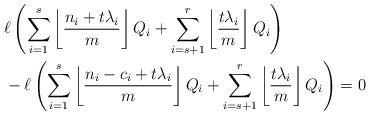
LaTeX: \begin{align*}&\ell\left( \sum_{i=1}^s \left \lfloor \frac{n_i+t\lambda_i}{m}\right\rfloor Q_i + \sum_{i=s+1}^r \left \lfloor \frac{t\lambda_i}{m}\right\rfloor Q_i \right)\\&-\ell\left( \sum_{i=1}^s \left \lfloor \frac{n_i-c_i+t\lambda_i}{m}\right\rfloor Q_i + \sum_{i=s+1}^r \left \lfloor \frac{t\lambda_i}{m}\right\rfloor Q_i\right)=0\end{align*}